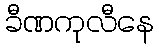
ခီဏကုလီနေ